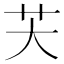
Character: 芖